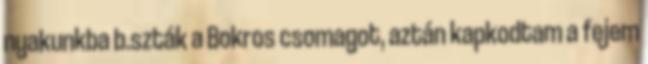
nyakunkba b.szták a Bokros csomagot, aztán kapkodtam a fejem